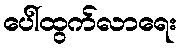
ပေါ်ထွက်လာရေး